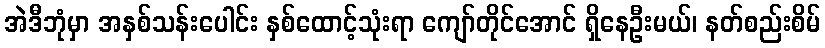
အဲဒီဘုံမှာ အနှစ်သန်းပေါင်း နှစ်ထောင့်သုံးရာ ကျော်တိုင်အောင် ရှိနေဦးမယ်၊ နတ်စည်းစိမ်